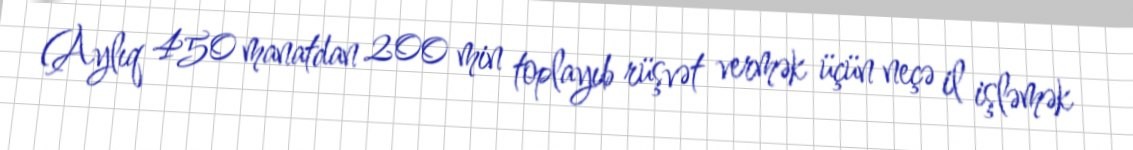
(Aylıq 450 manatdan 200 min toplayıb rüşvət vermək üçün neçə il işləmək